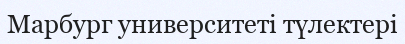
Марбург университеті түлектері